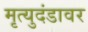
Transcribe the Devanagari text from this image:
मृत्युदंडावर